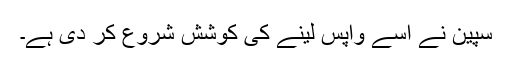
سپین نے اسے واپس لینے کی کوشش شروع کر دی ہے۔